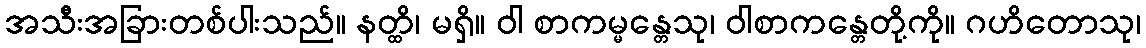
အသီးအခြားတစ်ပါးသည်။ နတ္ထိ၊ မရှိ။ ဝါ စာကမ္မန္တေသု၊ ဝါစာကန္တေတို့ကို။ ဂဟိတောသု၊